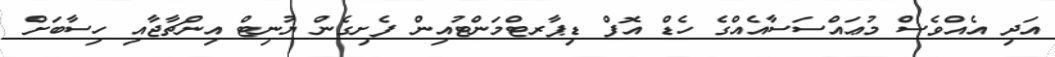
އަދި އެއްވެސް މުޢައްސަސާއެއްގެ ހެޑް އޮފް ޑިޕާރޓްމަންޓުއިން ފެށިގެން ޔުނިޓް އިންޗާޖާއި ހިސާބަށް